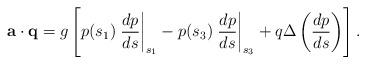
LaTeX: \begin{align*}{\bf a}\cdot{\bf q}=g\left[p(s_1)\left.\frac{dp}{ds}\right|_{s_1}-p(s_3)\left.\frac{dp}{ds}\right|_{s_3}+q\Delta\left(\frac{dp}{ds}\right)\right].\end{align*}